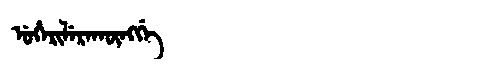
Manchu: ᡠᡥᡝᡵᡳᠯᡝᡵᠠᡴᡡᠩᡤᡝ
Romanization: UHERILERAKŪNGGE